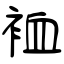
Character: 裇